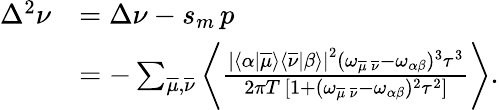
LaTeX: \begin{array}{rl}{\Delta^{2}\nu}&{=\Delta\nu-s_{m}\, p}\\ &{=-\sum_{\overline{{\mu}},\overline{{\nu}}}\left\langle\frac{\left|\langle\alpha|\overline{{\mu}}\rangle\langle\overline{{\nu}}|\beta\rangle\right|^{2}(\omega_{\overline{{\mu}}\, \overline{{\nu}}}-\omega_{\alpha\beta})^{3}\tau^{3}}{2\pi T\, [1+(\omega_{\overline{{\mu}}\, \overline{{\nu}}}-\omega_{\alpha\beta})^{2}\tau^{2}]}\right\rangle.}\end{array}